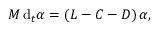
\boldsymbol { M } \, \mathrm { d } _ { t } \boldsymbol { \alpha } = \left( \boldsymbol { L } - \boldsymbol { C } - \boldsymbol { D } \right) \boldsymbol { \alpha } ,